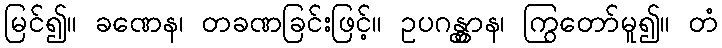
မြင်၍။ ခဏေန၊ တခဏခြင်းဖြင့်။ ဥပဂန္တွာန၊ ကြွတော်မူ၍။ တံ